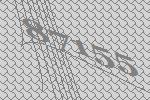
87155